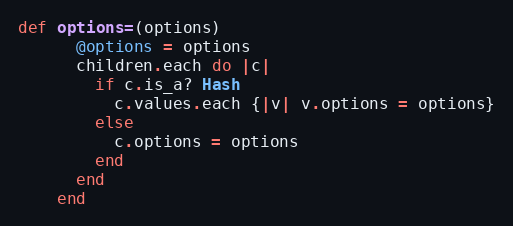
Language: Ruby
def options=(options)
      @options = options
      children.each do |c|
        if c.is_a? Hash
          c.values.each {|v| v.options = options}
        else
          c.options = options
        end
      end
    end